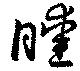
曖